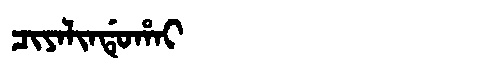
Manchu: ᠴᡳᠶᠠᠯᡳᠨᡩᡠᡥᠠᡳ
Romanization: CIYALINDUHAI